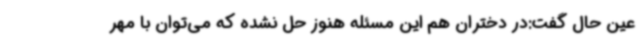
عین حال گفت:در دختران هم این مسئله هنوز حل نشده که می‌توان با مهر